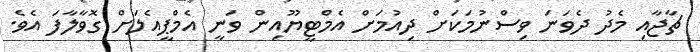
ޗާޖާއި މެދު ދެވަނަ ވިސްނުމަކަށް ދިއުމަށް އެމްޓީޔޫއިން ވަނީ އެމްޕީއެލަށް ގޮވާލާފަ އެވެ.